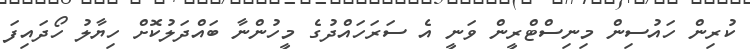
ކުރިން ހައުސިން މިނިސްޓްރީން ވަނީ އެ ސަރަހައްދުގެ މީހުންނާ ބައްދަލުކޮށް ހިޔާލު ހޯދައިފަ